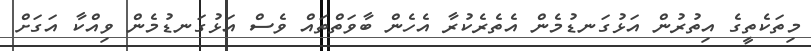
މިތަކެތީގެ އިތުރުން އަޅުގަނޑުމެން އެތެރެކުރާ އެހެން ބާވަތްތައް ވެސް އަޅުގަނޑުމެން ވިއްކާ އަގަށް